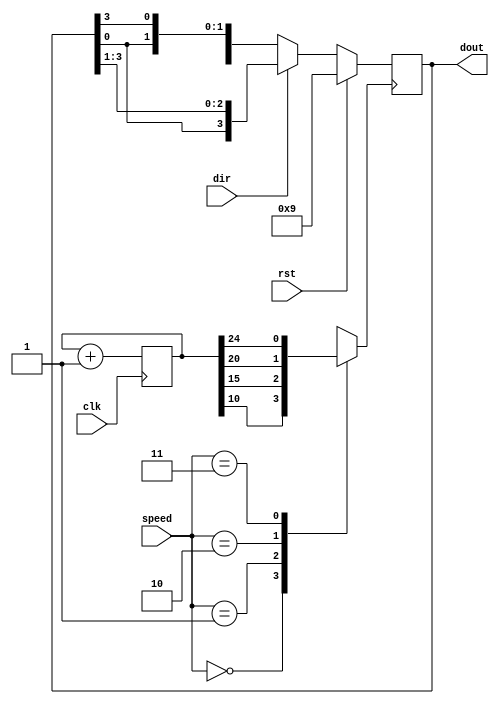
`timescale 1ns / 1ps
//////////////////////////////////////////////////////////////////////////////////
// Company: 
// Engineer: 
// 
// Design Name: 
// Module Name: Stepper motor
// Project Name: 
// Target Devices: 
// Tool Versions: 
// Description: 
// 
// Dependencies: 
// 
// Revision:
// Revision 0.01 - File Created
// Additional Comments:
// 
//////////////////////////////////////////////////////////////////////////////////


module Steppermotor(clk,rst,dir,speed,dout);
input clk,rst,dir;
input [1:0] speed;
output [3:0]dout;
reg [26:0]clkd;
reg [3:0]shift;
reg clk1;
always@(posedge clk)
begin
clkd=clkd+1'b1;
end
always @(speed)
begin
case (speed)
2'b00: clk1=clkd[10];
2'b01:clk1=clkd[15];
2'b10:clk1=clkd[20];
2'b11: clk1=clkd[24];
default: clk1= clkd[20];
endcase
end
always@(posedge clk1)
begin
if(rst)shift<=4'b1001;
else if(dir)shift<={shift[0],shift[3:1]};
else shift<={shift[2:0],shift[3]};
end
assign dout=shift;
endmodule